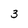
Character: 3